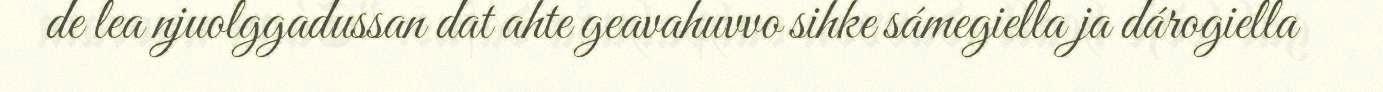
de lea njuolggadussan dat ahte geavahuvvo sihke sámegiella ja dárogiella